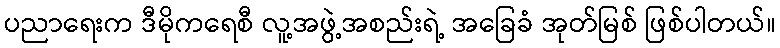
ပညာရေးက ဒီမိုကရေစီ လူ့အဖွဲ့အစည်းရဲ့ အခြေခံ အုတ်မြစ် ဖြစ်ပါတယ်။